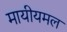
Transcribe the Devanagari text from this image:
मायीयमल